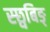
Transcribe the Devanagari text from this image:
स्छ्वबिङ्